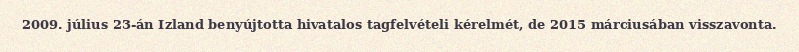
2009. július 23-án Izland benyújtotta hivatalos tagfelvételi kérelmét, de 2015 márciusában visszavonta.